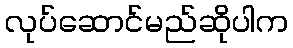
လုပ်ဆောင်မည်ဆိုပါက